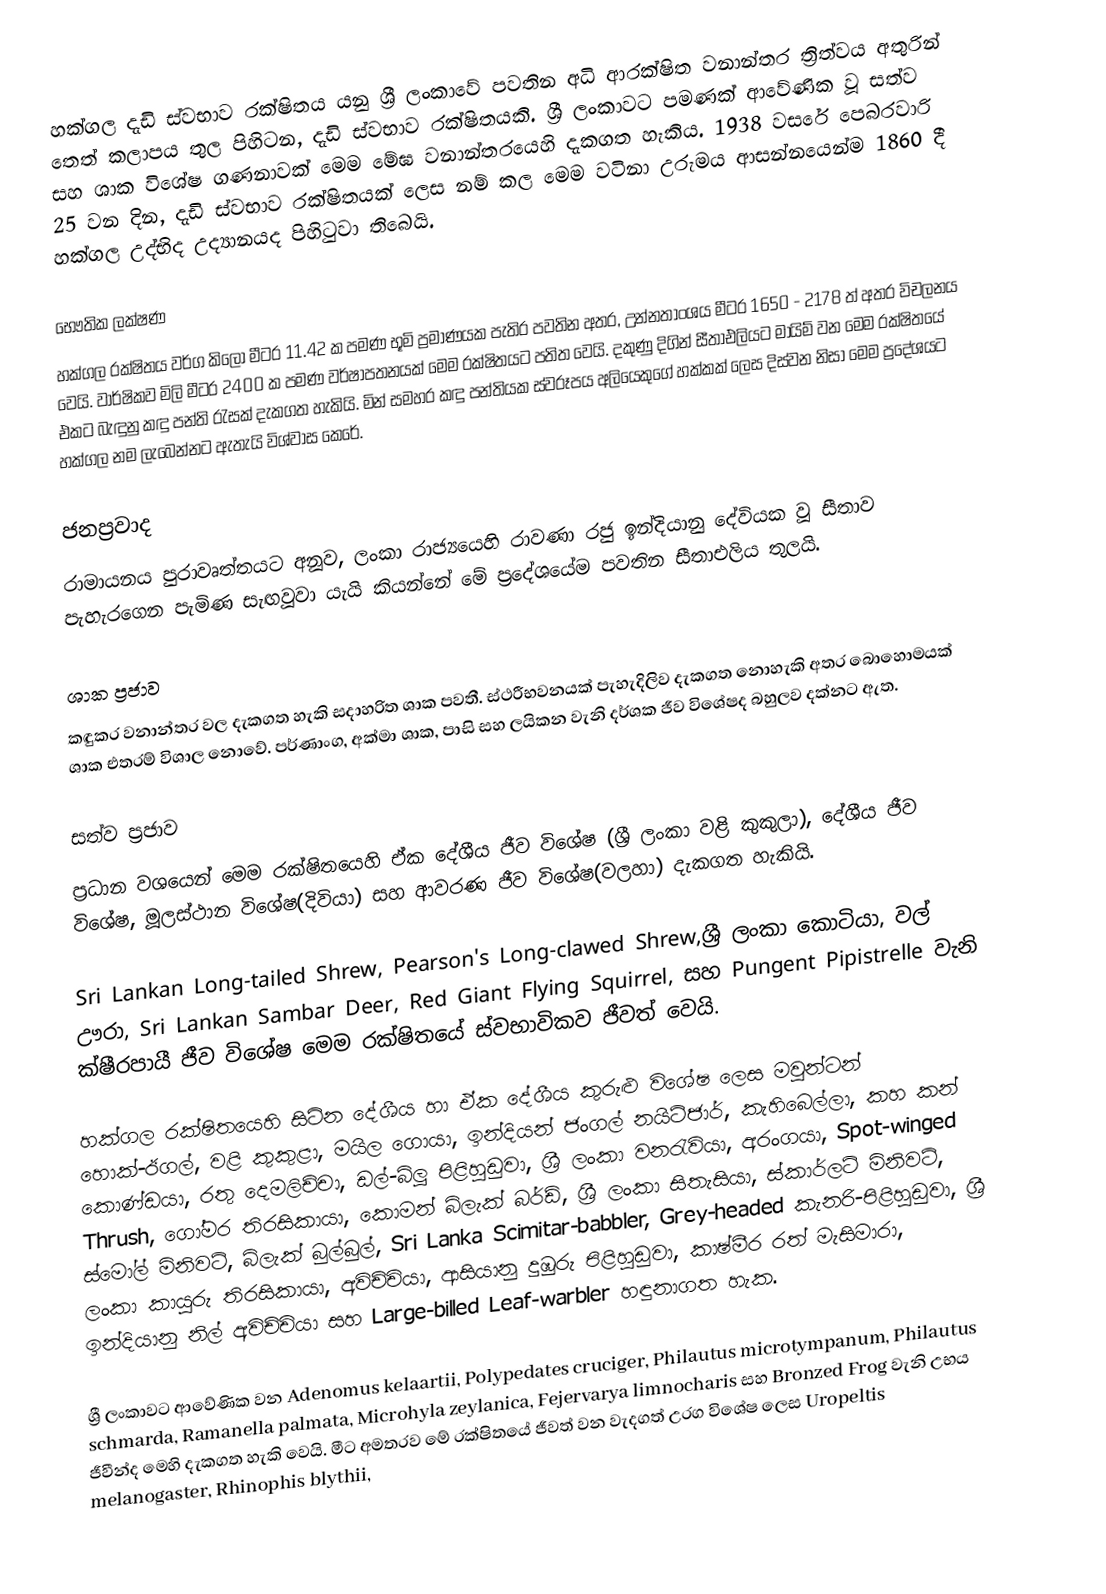
හක්ගල දැඩි ස්වභාව රක්ෂිතය යනු ශ්‍රී ලංකාවේ පවතින අධි ආරක්ෂිත වනාන්තර ත්‍රිත්වය අතුරින් තෙත් කලාපය තුල පිහිටන, දැඩි ස්වභාව රක්ෂිතයකි. ශ්‍රී ලංකාවට පමණක් ආවේණික වූ සත්ව සහ ශාක විශේෂ ගණනාවක් මෙම මේඝ වනාන්තරයෙහි දැකගත හැකිය. 1938 වසරේ පෙබරවාරි 25 වන දින, දැඩි ස්වභාව රක්ෂිතයක් ලෙස නම් කල මෙම වටිනා උරුමය ආසන්නයෙන්ම 1860 දී හක්ගල උද්භිද උද්‍යානයද පිහිටුවා තිබෙයි.

භෞතික ලක්ෂණ
හක්ගල රක්ෂිතය වර්ග කිලෝ මීටර 11.42 ක පමණ භූමි ප්‍රමාණයක පැතිර පවතින අතර, උන්නතාංශය මීටර 1650 - 2178 ත් අතර විචලනය වෙයි. වාර්ෂිකව මිලි මීටර 2400 ක පමණ වර්ෂාපතනයක් මෙම රක්ෂිතයට පතිත වෙයි. දකුණු දිගින් සීතාඑලියට මායිම් වන මෙම රක්ෂිතයේ එකට බැඳුනු කඳු පන්ති රැසක් දැකගත හැකියි. මින් සමහර කඳු පන්තියක ස්වරූපය අලියෙකුගේ හක්කක් ලෙස දිස්වන නිසා මෙම ප්‍රදේශයට හක්ගල නම ලැබෙන්නට ඇතැයි විශ්වාස කෙරේ.

ජනප්‍රවාද
රාමායනය පුරාවෘත්තයට අනූව, ලංකා රාජ්‍යයෙහි රාවණා රජු ඉන්දියානු දේවියක වූ සීතාව පැහැරගෙන පැමිණ සැඟවූවා යැයි කියන්නේ මේ ප්‍රදේශයේම පවතින සීතාඑලිය තුලයි.

ශාක ප්‍රජාව
කඳුකර වනාන්තර වල දැකගත හැකි සදාහරිත ශාක පවතී.  ස්ථරීභවනයක් පැහැදිලිව දැකගත නොහැකි අතර බොහොමයක් ශාක එතරම් විශාල නොවේ. පර්ණාංග, අක්මා ශාක, පාසි සහ ලයිකන වැනි දර්ශක ජීව විශේෂද බහුලව දක්නට ඇත.

සත්ව ප්‍රජාව
ප්‍රධාන වශයෙන් මෙම රක්ෂිතයෙහි ඒක දේශීය ජීව විශේෂ (ශ්‍රී ලංකා වළි කුකුලා), දේශීය ජීව විශේෂ, මූලස්ථාන විශේෂ(දිවියා) සහ ආවරණ ජීව විශේෂ(වලහා) දැකගත හැකියි.

Sri Lankan Long-tailed Shrew, Pearson's Long-clawed Shrew,ශ්‍රී ලංකා කොටියා, වල් ඌරා, Sri Lankan Sambar Deer, Red Giant Flying Squirrel, සහ Pungent Pipistrelle වැනි ක්ෂීරපායී ජීව විශේෂ  මෙම රක්ෂිතයේ ස්වභාවිකව ජීවත් වෙයි.

හක්ගල රක්ෂිතයෙහි සිටින දේශීය හා ඒක දේශීය කුරුළු විශේෂ ලෙස මවුන්ටන් හොක්-ඊගල්, වළි කුකුළා, මයිල ගොයා, ඉන්දියන් ජංගල් නයිට්ජාර්, කැහිබෙල්ලා, කහ කන් කොණ්ඩයා, රතු දෙමලිච්චා, ඩල්-බ්ලූ පිළිහුඩුවා, ශ්‍රී ලංකා වනරැවියා, අරංගයා, Spot-winged Thrush, ගෝමර තිරසිකායා, කොමන් බ්ලැක් බර්ඩ්, ශ්‍රී ලංකා සිතැසියා, ස්කාර්ලට් මිනිවට්, ස්මෝල් මිනිවට්, බ්ලැක් බුල්බුල්, Sri Lanka Scimitar-babbler, Grey-headed කැනරි-පිළිහුඩුවා, ශ්‍රී ලංකා කායුරු තිරසිකායා, අවිච්චියා, ආසියානු දුඹුරු පිළිහුඩුවා, කාෂ්මීර රත් මැසිමාරා, ඉන්දියානු නිල් අවිච්චියා සහ Large-billed Leaf-warbler හඳුනාගත හැක.

ශ්‍රී ලංකාවට ආවේණික වන Adenomus kelaartii, Polypedates cruciger, Philautus microtympanum, Philautus schmarda, Ramanella palmata, Microhyla zeylanica, Fejervarya limnocharis සහ Bronzed Frog වැනි උභය ජීවීන්ද මෙහි දැකගත හැකි වෙයි. මීට අමතරව මේ රක්ෂිතයේ ජීවත් වන වැදගත් උරග විශේෂ ලෙස Uropeltis melanogaster, Rhinophis blythii,